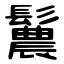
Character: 鬞